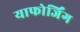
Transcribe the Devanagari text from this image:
याफोर्जिंग